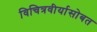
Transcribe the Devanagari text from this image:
विचित्रवीर्यासोबत